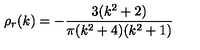
\rho _ { r } ( k ) = - { \frac { 3 ( k ^ { 2 } + 2 ) } { \pi ( k ^ { 2 } + 4 ) ( k ^ { 2 } + 1 ) } }